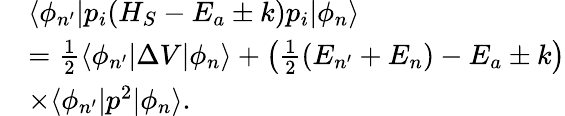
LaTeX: \begin{array}{rl}&{\langle\phi_{n^{\prime}}|p_{i}(H_{S}-E_{a}\pm k)p_{i}|\phi_{n}\rangle}\\ &{=\frac{1}{2}\langle\phi_{n^{\prime}}|\Delta V|\phi_{n}\rangle+\left(\frac{1}{2}(E_{n^{\prime}}+E_{n})-E_{a}\pm k\right)}\\ &{\times\langle\phi_{n^{\prime}}|p^{2}|\phi_{n}\rangle.}\end{array}